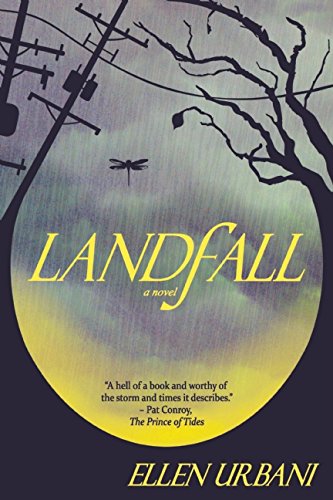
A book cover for Landfall; Ellen Urbani; Literature & Fiction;